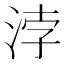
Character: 浡